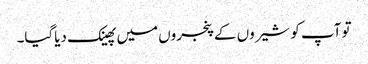
تو آپ کو شیروں کے پنجروں میں پھینک دیاگیا۔